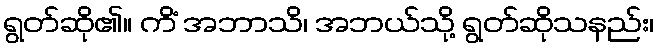
ရွတ်ဆို၏။ ကိံ အဘာသိ၊ အဘယ်သို့ ရွတ်ဆိုသနည်း၊